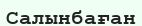
Салынбаған